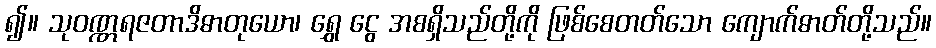
၍။ သုဝဏ္ဏရဇတာဒိဓာတုယော၊ ရွှေ ငွေ အစရှိသည်တို့ကို ဖြစ်စေတတ်သော ကျောက်ဓာတ်တို့သည်။